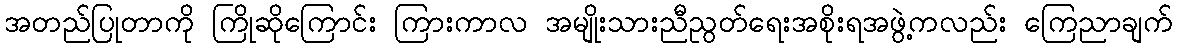
အတည်ပြုတာကို ကြိုဆိုကြောင်း ကြားကာလ အမျိုးသားညီညွတ်ရေးအစိုးရအဖွဲ့ကလည်း ကြေညာချက်